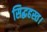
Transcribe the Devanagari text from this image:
सिद्धहस्त।